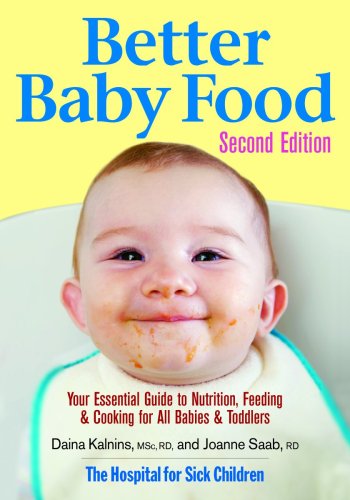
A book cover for Better Baby Food: Your Essential Guide to Nutrition, Feeding and Cooking for All Babies and Toddlers; Daina Kalnins; Cookbooks, Food & Wine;